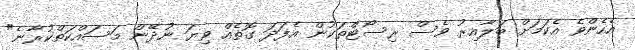
އެހެންވެ އެކަމަށް ބަލާއިރު ވެސް ރިސޯޓްތަކުން އެފަދަ ގޮތެއް ވިޔަ ނުދޭން މަސައްކަތްކުރާނެ"